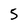
Character: 5